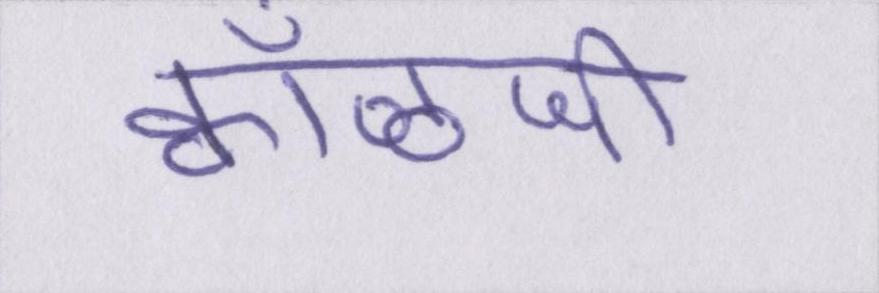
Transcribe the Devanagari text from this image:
क्वाँळजी